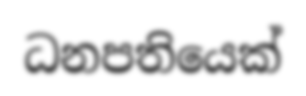
ධනපතියෙක්